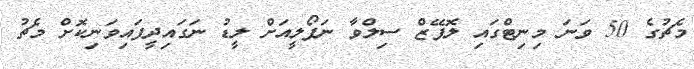
މެޗުގެ 50 ވަނަ މިނިޓްގައި ލޮޕޭޒް ސިލްވާ ނަޕޯލީއަށް ލީޑު ނަގައިދީފައިވަނިކޮށް މެޗު